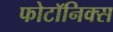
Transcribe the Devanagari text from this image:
फोटॉनिक्स